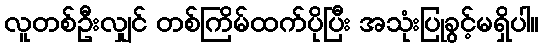
လူတစ်ဦးလျှင် တစ်ကြိမ်ထက်ပိုပြီး အသုံးပြုခွင့်မရှိပါ။